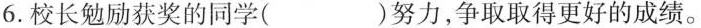
6.校长勉励获奖的同学( )努力，争取取得更好的成绩。